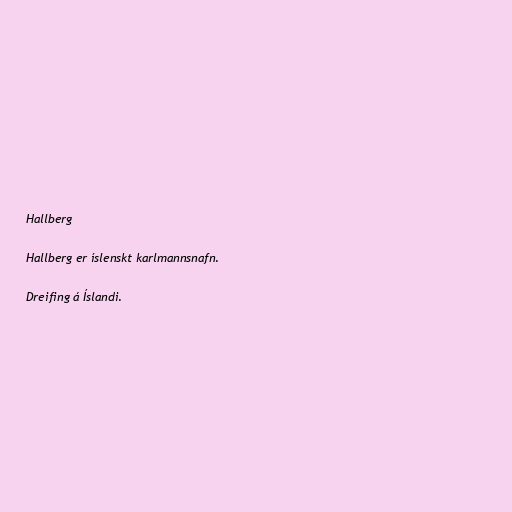
Hallberg

Hallberg er íslenskt karlmannsnafn.

Dreifing á Íslandi.